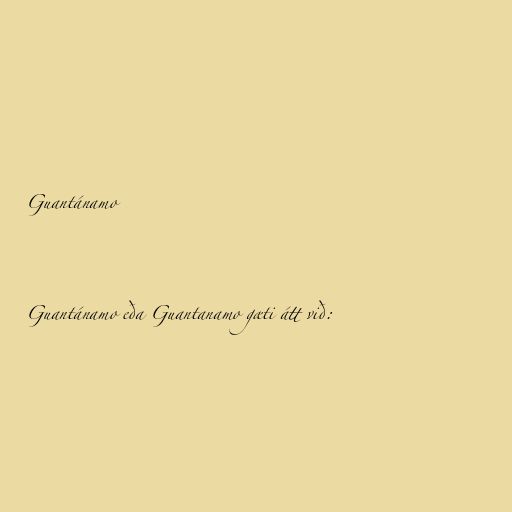
Guantánamo

Guantánamo eða Guantanamo gæti átt við: